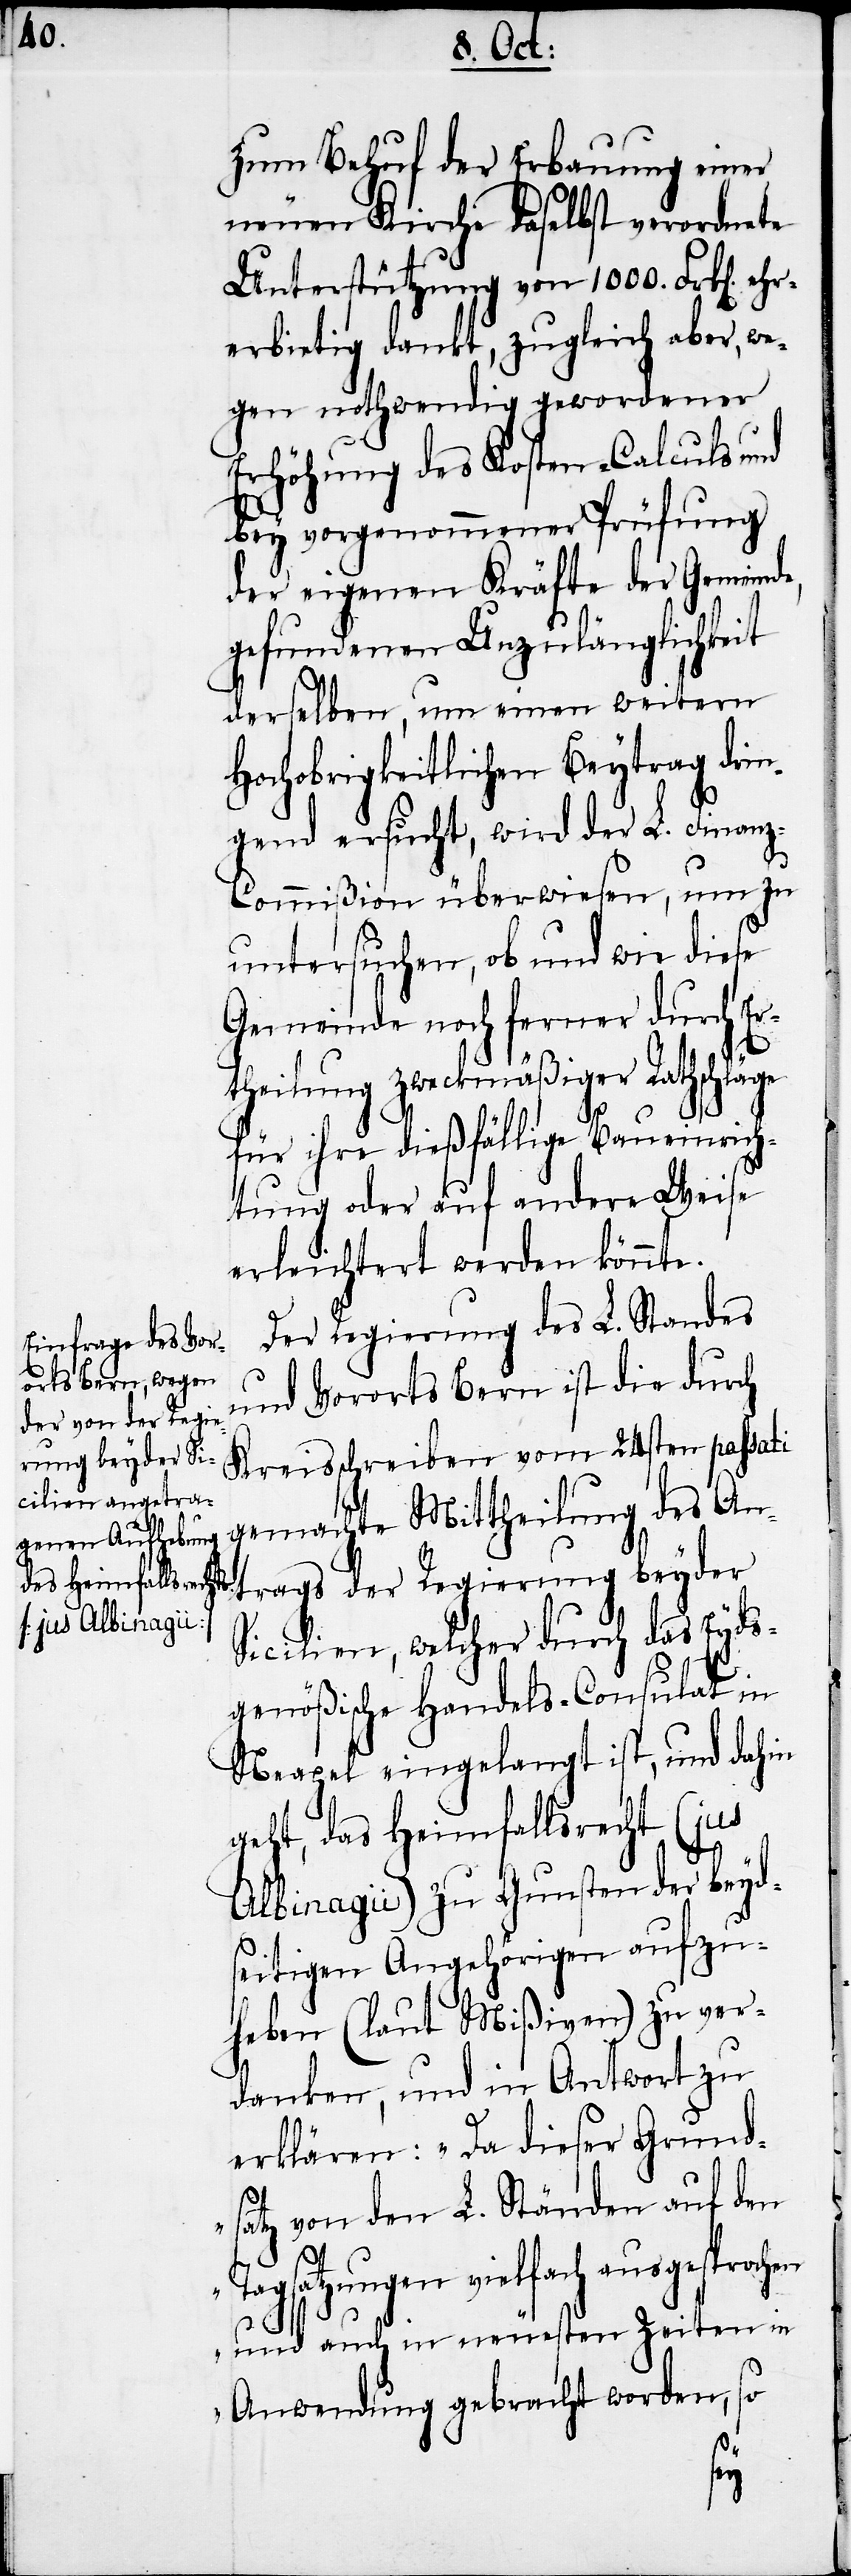
ehr¬

zum Behuf der Erbauung einer
neuen Kirche daselbst verordnete
Unterstützung von 1000. Frk[en].
erbietig dankt, zugleich aber, we¬
gen nothwendig gewordener
Erhöhung des Kosten-Calculs und
bey vorgenommener Prüfung
der eigenen Kräfte der Gemeinde,
gefundenen Unzulänglichkeit
derselben, um einen weitern
Hochobrigkeitlichen Beytrag drin¬
gend ersucht, wird der L. Finan¬
z-Commißion überwiesen, um zu
untersuchen, ob und wie diese
Gemeinde noch ferner durch Er¬
theilung zweckmäßiger Rathschläge
für ihre dießfällige Baueinrich¬
tung oder auf andere Weise
erleichtert werden könnte.
Der Regierung des L. Standes
und Vorortes Bern ist die durch
Kreisschreiben vom 24sten passati
gemachte Mittheilung des An¬
trags der Regierung beyder
Sicilien, welcher durch das Eyds¬
genößische Handels-Consulat in
Neapel eingelangt ist, und dahin
geht, das Heimfallsrecht (jus
Albinagii) zu Gunsten der beyd¬
seitigen Angehörigen aufzu¬
heben (laut Mißiven) zu ver¬
danken, und in Antwort zu
erklären: „Da dieser Grund¬
satz von den L. Ständen auf den
Tagsatzungen vielfach
und auch in neuesten Zeiten in
Anwendung gebracht worden, so